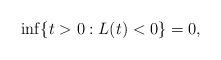
LaTeX: \begin{align*} \inf \{t>0: L(t)<0\}=0, \end{align*}